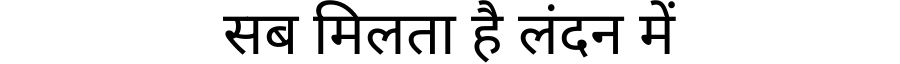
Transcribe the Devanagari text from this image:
सब मिलता है लंदन में